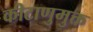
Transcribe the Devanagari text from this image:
कीटाणुमुक्त